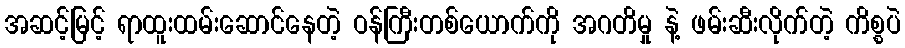
အဆင့်မြင့် ရာထူးထမ်းဆောင်နေတဲ့ ဝန်ကြီးတစ်ယောက်ကို အဂတိမှု နဲ့ ဖမ်းဆီးလိုက်တဲ့ ကိစ္စပဲ